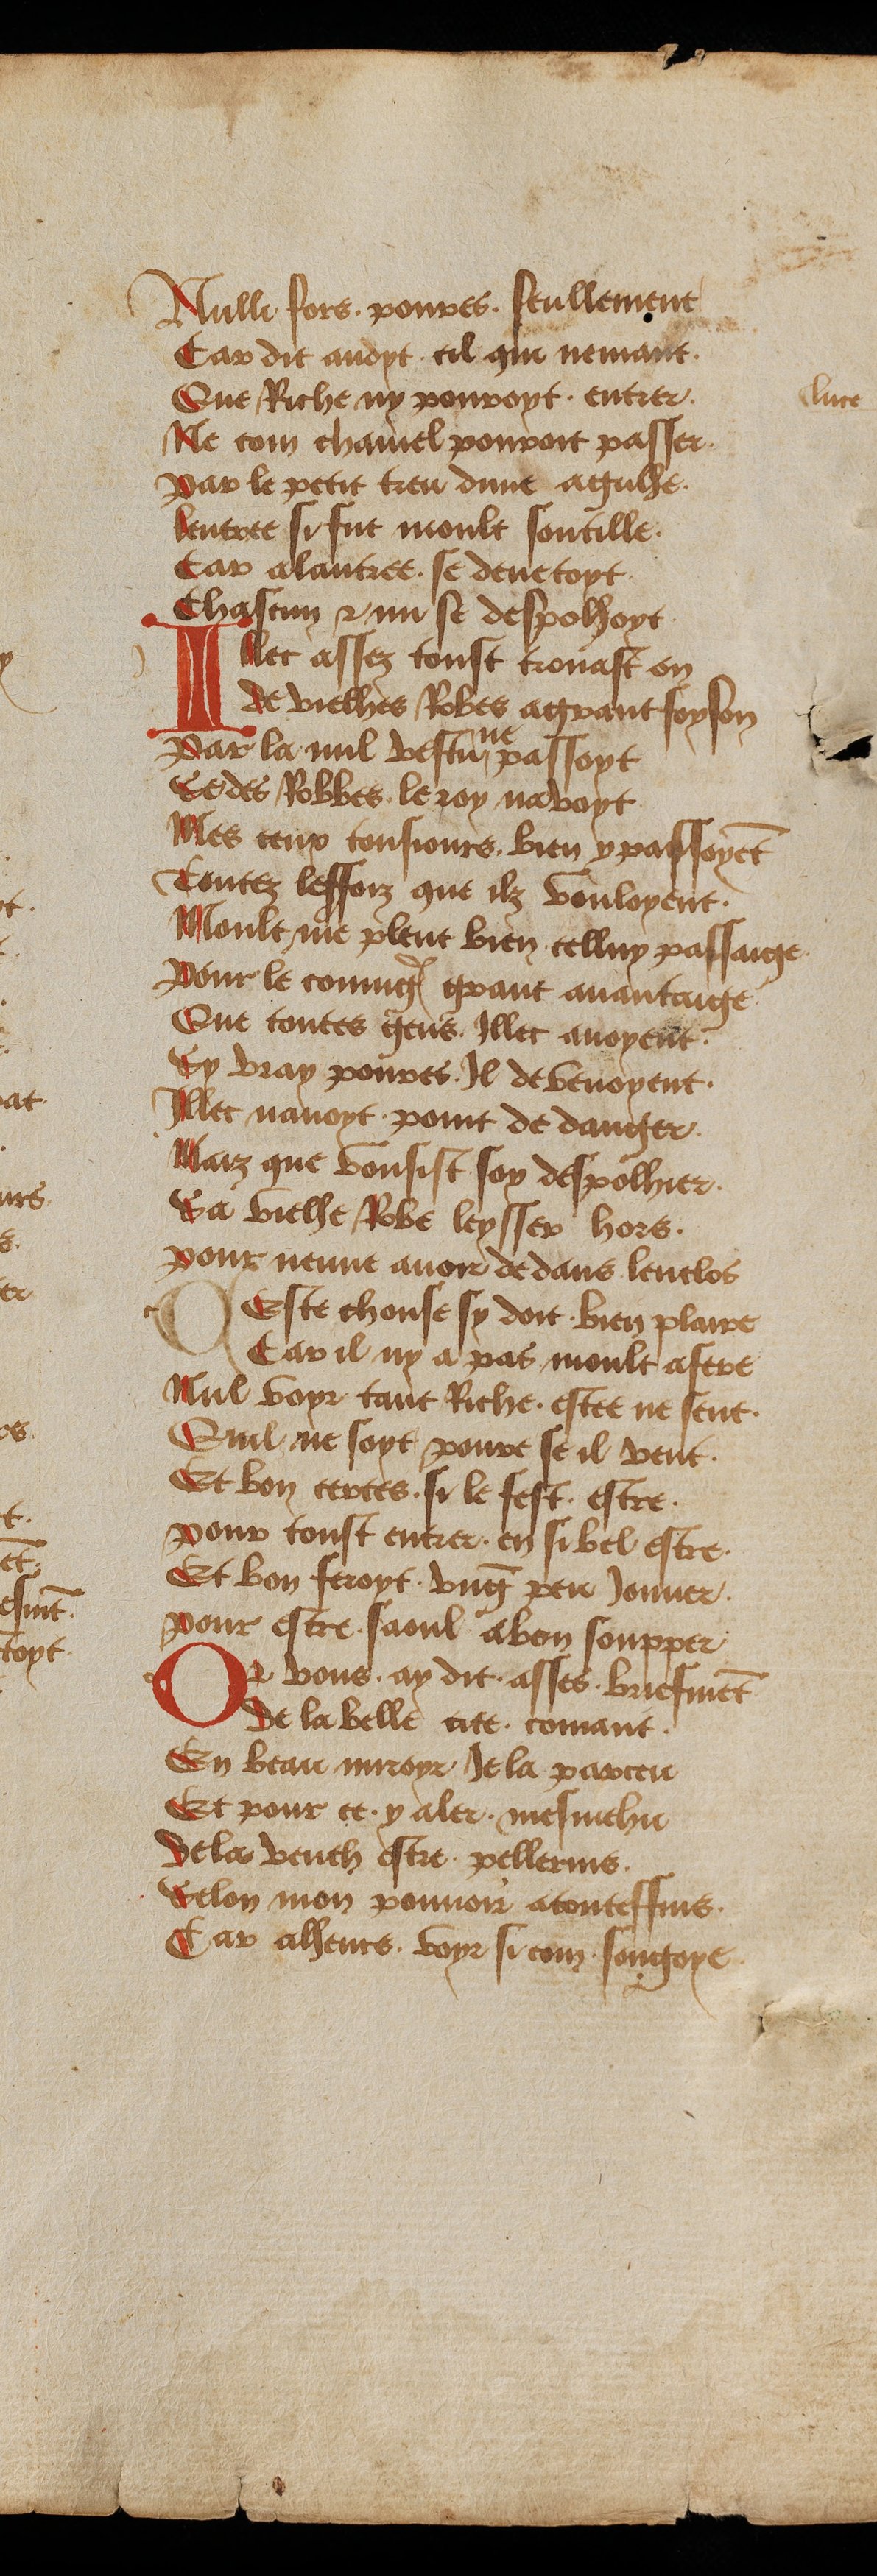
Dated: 1450–1499